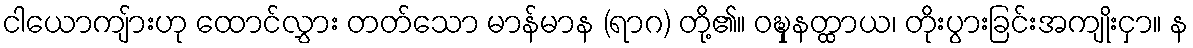
ငါယောကျ်ားဟု ထောင်လွှား တတ်သော မာန်မာန (ရာဂ) တို့၏။ ဝဍ္ဎှနတ္ထာယ၊ တိုးပွားခြင်းအကျိုးငှာ။ န